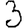
Digit: 3